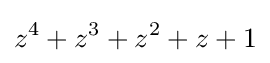
z^{4}+z^{3}+z^{2}+z+1